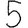
Digit: 5